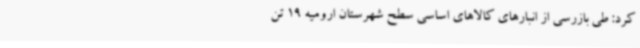
کرد: طی بازرسی از انبارهای کالاهای اساسی سطح شهرستان ارومیه 19 تن